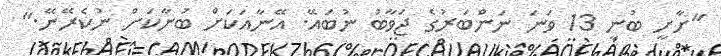
"ށާށީ ބުނީ 13 ވަނަ ނަންބަރުގެ ޖަވާބު ނުބައޭ. އޭނާއަކަށް ބުނާކަށް ނުކެރޭނޭ."